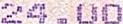
24.00